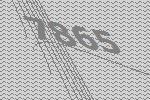
7865